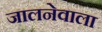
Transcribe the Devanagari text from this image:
जालनेवाला